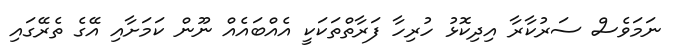
ނަމަވެސް ސަރުކާރާ އިދިކޮޅު ހުރިހާ ފަރާތްތަކަކީ އެއްބައެއް ނޫން ކަމަށާއި އޭގެ ތެރޭގައި